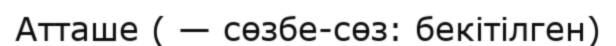
Атташе ( — сөзбе-сөз: бекітілген)